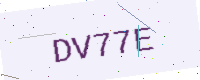
Text: DV77E